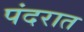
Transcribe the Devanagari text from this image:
पंदरात